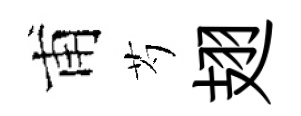
甫芍翅